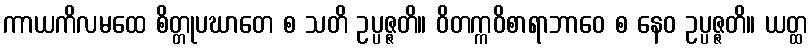
ကာယကိလမထေ စိတ္တုပဃာတေ စ သတိ ဥပ္ပဇ္ဇတိ။ ဝိတက္ကဝိစာရာဘာဝေ စ နေဝ ဥပ္ပဇ္ဇတိ။ ယတ္ထ